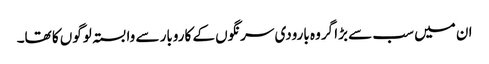
ان میں سب سے بڑا گروہ بارودی سرنگوں کے کاروبار سے وابستہ لوگوں کا تھا۔